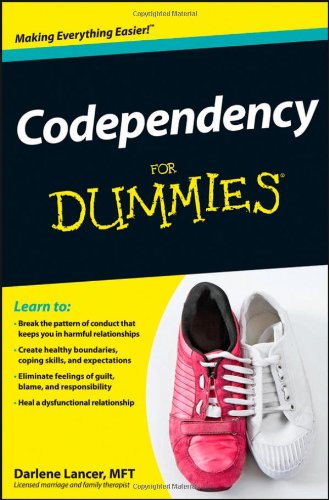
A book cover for Codependency For Dummies; Darlene Lancer; Self-Help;